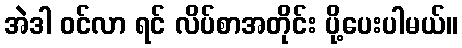
အဲဒါ ဝင်လာ ရင် လိပ်စာအတိုင်း ပို့ပေးပါမယ်။